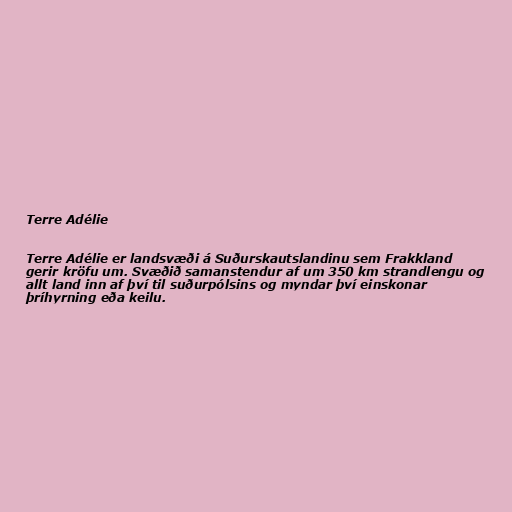
Terre Adélie

Terre Adélie er landsvæði á Suðurskautslandinu sem Frakkland
gerir kröfu um. Svæðið samanstendur af um 350 km strandlengu og
allt land inn af því til suðurpólsins og myndar því einskonar
þríhyrning eða keilu.